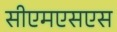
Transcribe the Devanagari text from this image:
सीएमएसएस